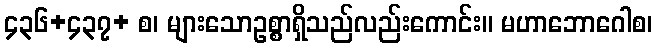
၄၃၆+၄၃၇+ စ၊ များသောဥစ္စာရှိသည်လည်းကောင်း။ မဟာဘောဂေါစ၊